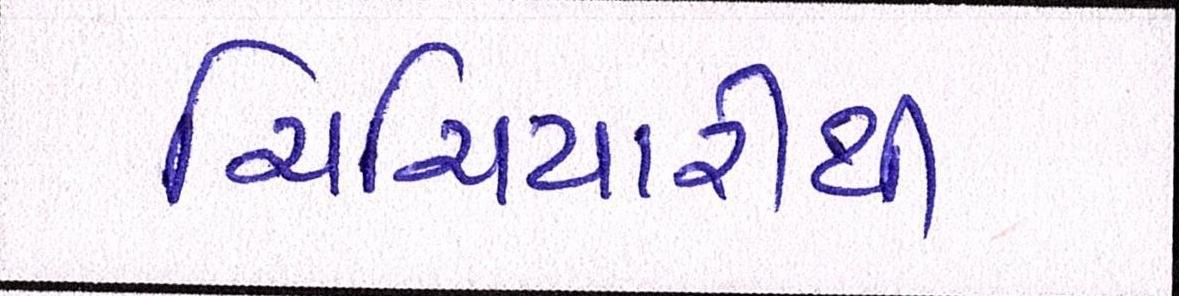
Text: ચિચિયારીથી